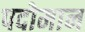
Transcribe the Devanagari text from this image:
पदोमान